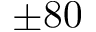
\pm 8 0